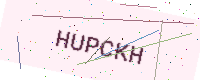
Text: HUPCKH